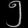
Digit: ၅